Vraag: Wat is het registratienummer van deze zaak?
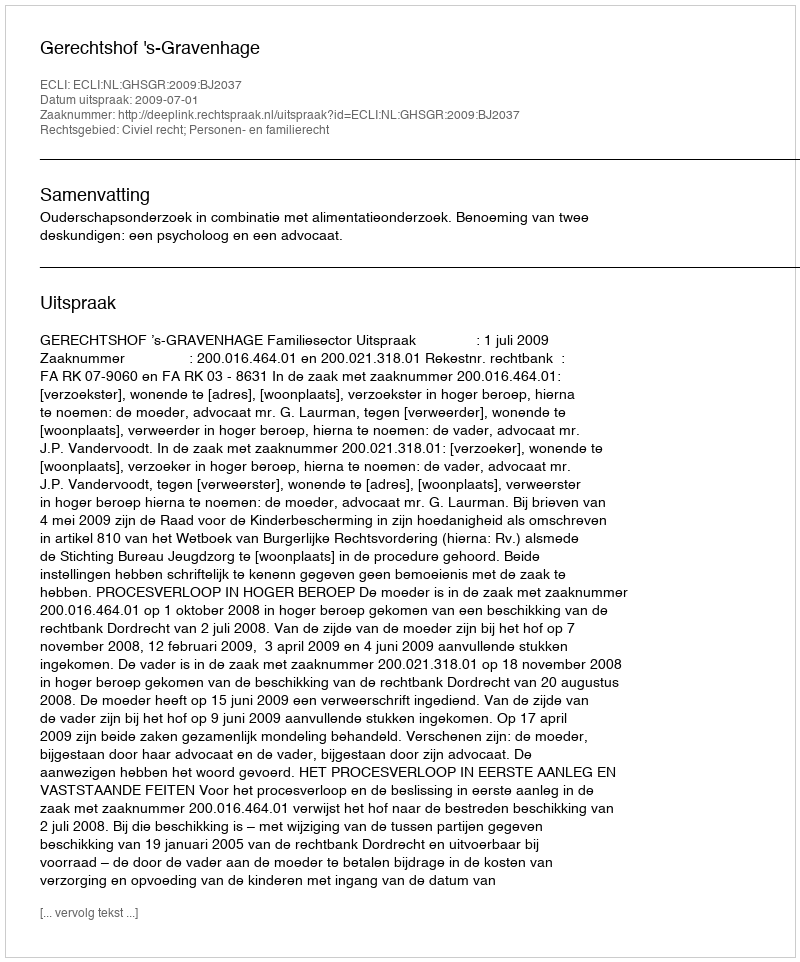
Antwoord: http://deeplink.rechtspraak.nl/uitspraak?id=ECLI:NL:GHSGR:2009:BJ2037